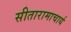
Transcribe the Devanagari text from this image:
सीतारामाचार्य